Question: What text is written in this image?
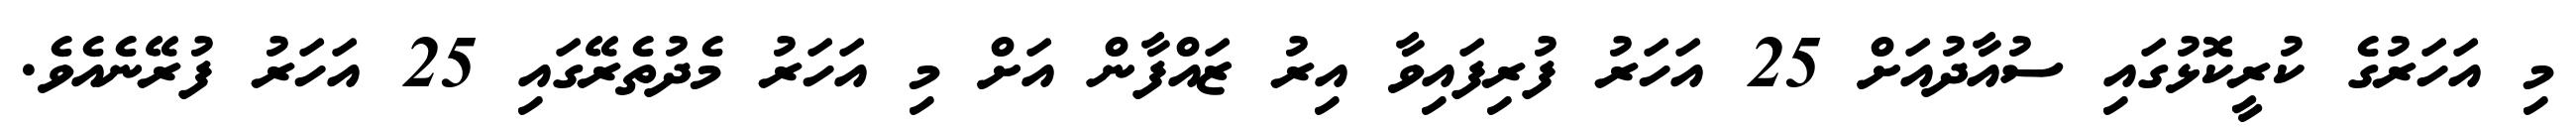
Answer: މި އަހަރުގެ ކުރީކޮޅުގައި ސުއާދުއަށް 25 އަހަރު ފުރިފައިވާ އިރު ޒައްފާން އަށް މި އަހަރު މެދުތެރޭގައި 25 އަހަރު ފުރޭނެއެވެ.